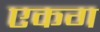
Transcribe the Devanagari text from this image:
एकग